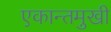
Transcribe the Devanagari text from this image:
एकान्तमुखी